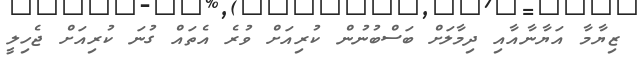
ޒިޔާމާ އަޔާނާއާއި ދިމާލަށް ބަސްބުނުން ކުރިއަށް ވުރެ އެތައް ގުނަ ކުރިއަށް ޖެހިލީ